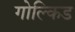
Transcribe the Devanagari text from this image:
गोल्किड